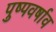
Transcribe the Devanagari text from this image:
पुष्पवर्षाव